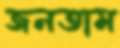
জনতাম